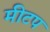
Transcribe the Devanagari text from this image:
मीटप